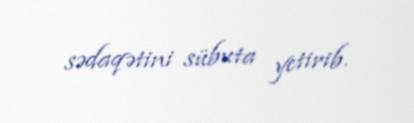
sədaqətini sübuta yetirib.